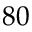
8 0